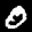
Label: 0